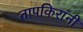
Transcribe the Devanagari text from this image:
तापकिरांनी